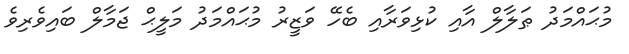
މުޙައްމަދު ޠަލާލް އާއި ކުޅިވަރާއި ބެހޭ ވަޒީރު މުޙައްމަދު މަލީޙް ޖަމާލް ބައިވެރިވެ